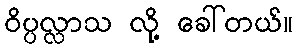
ဝိပ္ပလ္လာသ လို့ ခေါ်တယ်။